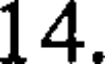
14.